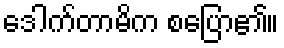
ဒေါက်တာမိက စပြော၏။